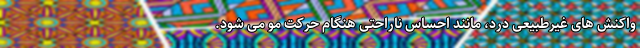
واکنش های غیرطبیعی درد، مانند احساس ناراحتی هنگام حرکت مو می شود.